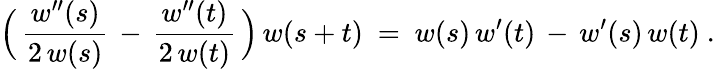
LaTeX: \Bigl(\, {\frac{w^{\prime\prime}(s)}{2\, w(s)}}\, -\, {\frac{w^{\prime\prime}(t)}{2\, w(t)}}\, \Bigr)\, w(s+t)~=~w(s)\, w^{\prime}(t)\, -\, w^{\prime}(s)\, w(t)~.